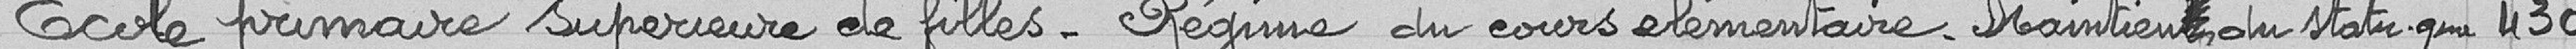
Ecole primaire supérieure de filles -Régime du cours élémentaire. Maintien du statut que 430